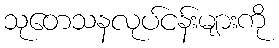
သုတေသနလုပ်ငန်းများကို